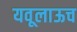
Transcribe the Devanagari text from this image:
यवूलाऊच